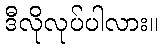
ဒီလိုလုပ်ပါလား။